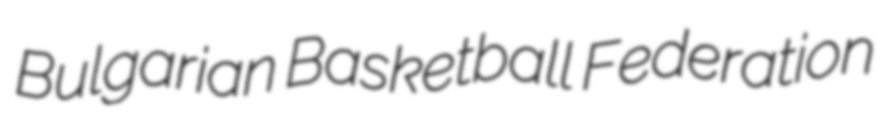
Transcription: Bulgarian Basketball Federation